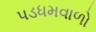
પડધમવાળો